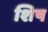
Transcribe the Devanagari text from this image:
शिष